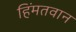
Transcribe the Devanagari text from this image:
हिंमतवान